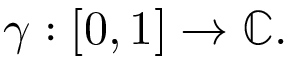
\gamma : [ 0 , 1 ] \to \mathbb { C } .